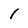
Character: 1